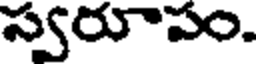
స్వరూపం.